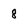
Character: 8